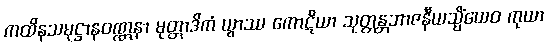
ကထိနသမုဋ္ဌာနဝဏ္ဏနာ မုတ္တာဒိကံ ယွာဿ ကောဋိယာ သုတ္တန္တဘာဇနီယသ္မိံယေဝ ကုယာ